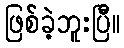
ဖြစ်ခဲ့ဘူးပြီ။